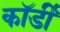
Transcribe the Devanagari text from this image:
कॉर्डी